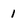
Character: 1